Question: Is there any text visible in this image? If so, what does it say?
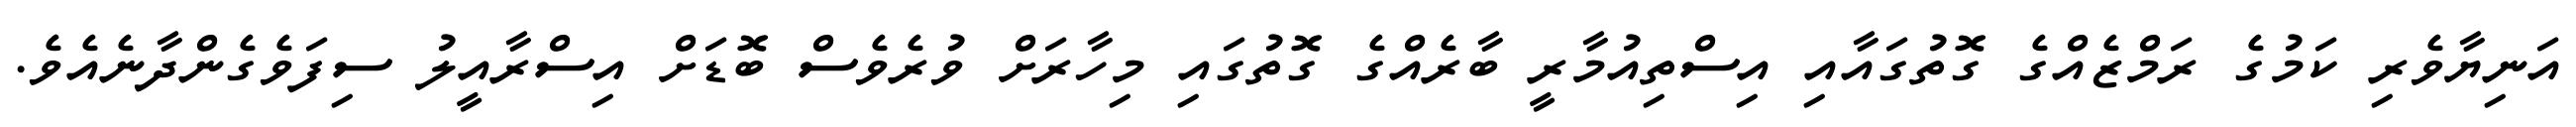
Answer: އަނިޔާވެރި ކަމުގެ ރަމްޒެއްގެ ގޮތުގައާއި އިސްތިއުމާރީ ބާރެއްގެ ގޮތުގައި މިހާރަށް ވުރެވެސް ބޮޑަށް އިސްރާއީލު ސިފަވެގެންދާނެއެވެ.